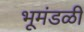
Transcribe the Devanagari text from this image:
भूमंडळीं